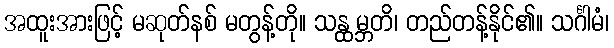
အထူးအားဖြင့် မဆုတ်နစ် မတွန့်တို။ သန္ထမ္ဘတိ၊ တည်တန့်နိုင်၏။ သင်္ဂါမံ၊